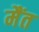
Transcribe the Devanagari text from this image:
मैंत